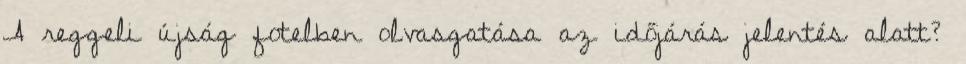
A reggeli újság fotelben olvasgatása az időjárás jelentés alatt?